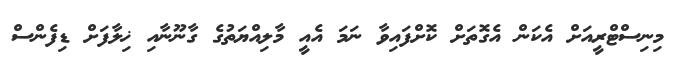
މިނިސްޓްރީއަށް އެކަން އެގޮތަށް ކޮށްފައިވާ ނަމަ އެއީ މާލިއްޔަތުގެ ގާނޫނާއި ޚިލާފަށް ޑިފެންސް